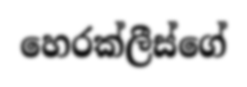
හෙරක්ලීස්ගේ